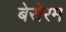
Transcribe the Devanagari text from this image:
बेरोरम